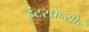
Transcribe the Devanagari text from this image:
इंटरप्रेन्योर